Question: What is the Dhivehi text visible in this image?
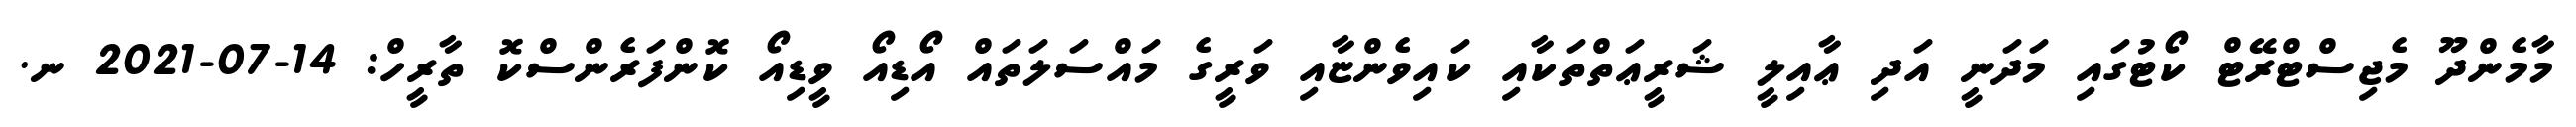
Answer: މާމެންދޫ މެޖިސްޓްރޭޓް ކޯޓުގައި މަދަނީ އަދި ޢާއިލީ ޝަރީޢަތްތަކާއި ކައިވެންޏާއި ވަރީގެ މައްސަލަތައް އޯޑިއޯ ވީޑިއޯ ކޮންފަރެންސްކޮ ތާރީހް: 14-07-2021 ނ.